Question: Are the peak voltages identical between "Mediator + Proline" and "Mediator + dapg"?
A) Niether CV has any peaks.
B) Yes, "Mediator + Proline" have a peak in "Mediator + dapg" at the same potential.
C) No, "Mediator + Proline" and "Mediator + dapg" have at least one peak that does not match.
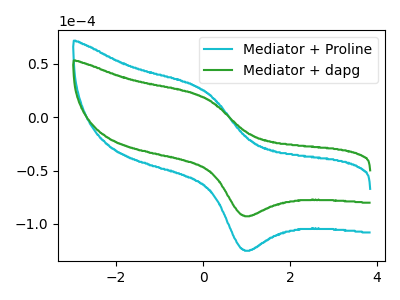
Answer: <think>The cyan curve "Mediator + Proline" has an anodic peak at (0.00V, 25.10uA) and a cathodic peak at (0.95V, -124.40uA). The green curve "Mediator + dapg" has an anodic peak at (0.00V, 18.60uA) and a cathodic peak at (0.95V, -92.30uA).</think>
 <answer>B) Yes, "Mediator + Proline" have a peak in "Mediator + dapg" at the same potential.</answer>
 <eval>B</eval>